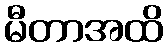
မီတာအထိ